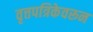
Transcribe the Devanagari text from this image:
वृत्तपत्रिकेवरून